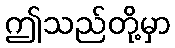
ဤသည်တို့မှာ